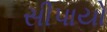
સીપાયો